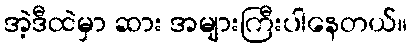
အဲ့ဒီထဲမှာ ဆား အများကြီးပါနေတယ်။